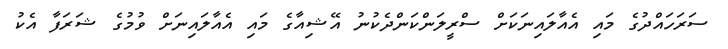
ސަރަހައްދުގެ މައި އެއާލައިނަކަށް ސްރީލަންކަންދެކުނު އޭޝިއާގެ މައި އެއާލައިނަށް ވުމުގެ ޝަރަފާ އެކު